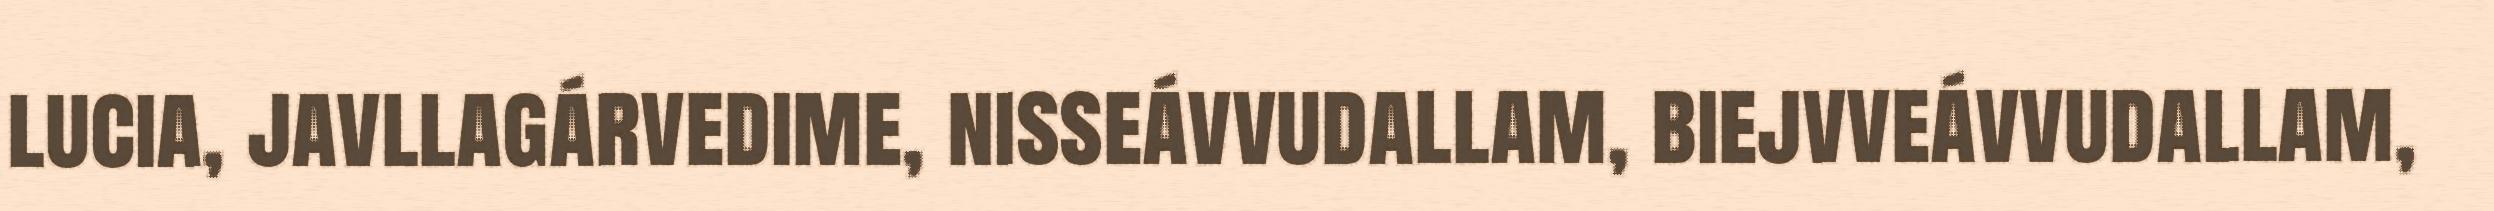
lucia, javllagárvedime, nisseávvudallam, biejvveávvudallam,